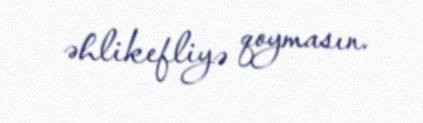
əhlikefliyə qoymasın.